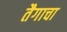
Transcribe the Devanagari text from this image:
तैगाचा